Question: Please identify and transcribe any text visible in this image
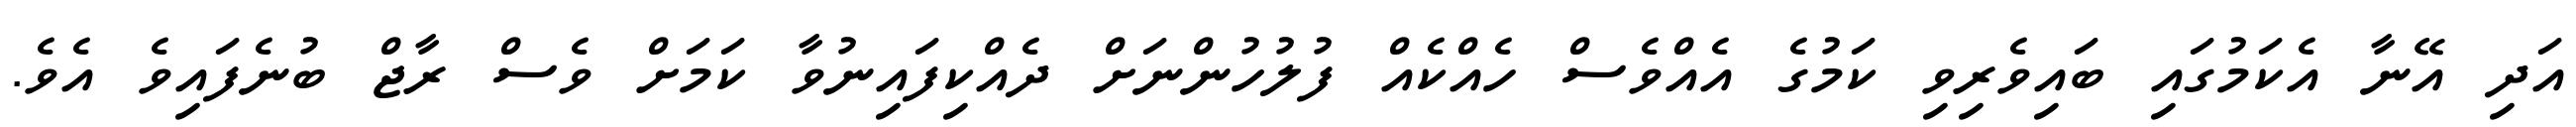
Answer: އަދި އޭނާ އެކަމުގައި ބައިވެރިވި ކަމުގެ އެއްވެސް ހެއްކެއް ފުލުހުންނަށް ދެއްކިފައިނުވާ ކަމަށް ވެސް ރާޖް ބުނެފައިވެ އެވެ.